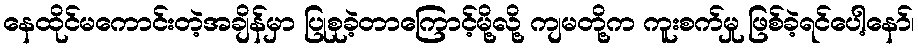
နေထိုင်မကောင်းတဲ့အချိန်မှာ ပြုစုခဲ့တာကြောင့်မို့လို့ ကျမတို့က ကူးစက်မှု ဖြစ်ခဲ့ရင်ပေါ့နော်၊